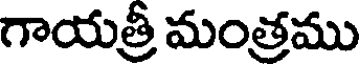
గాయత్రీ మంత్రము